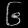
Digit: ၆